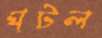
ঘটল